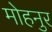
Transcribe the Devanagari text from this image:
मोहनुर